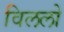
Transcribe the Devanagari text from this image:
विललो